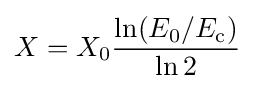
X=X_{0}{\frac {\ln(E_{0}/E_{\mathrm {c} })}{\ln 2}}